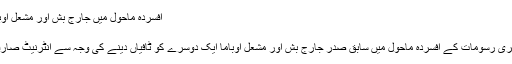
افسردہ ماحول میں جارج بش اور مشعل اوباما سب کی توجہ کا مرکز بنے رہے
ریحان عابدی 3 ستمبر 2018
واشنگٹن : سینیٹر جان مک کین کی آخری رسومات کے افسردہ ماحول میں سابق صدر جارج بش اور مشعل اوباما ایک دوسرے کو ٹافیاں دینے کی وجہ سے انٹرنیٹ صارفین کی توجہ کا مرکز بنے ہوئے ہیں۔